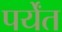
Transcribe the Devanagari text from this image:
पर्येंत